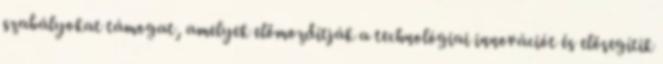
szabályokat támogat, amelyek előmozdítják a technológiai innovációt és elősegítik